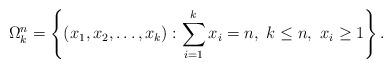
LaTeX: \begin{align*}\Omega^{n}_{k}=\left\{(x_{1},x_{2},\dots,x_{k}):\sum_{i=1}^{k}x_{i}=n,\ k\le n,\ x_{i}\ge 1\right\}.\end{align*}